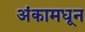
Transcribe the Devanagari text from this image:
अंकामधून